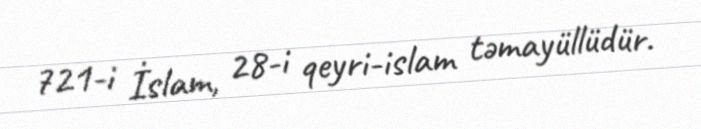
721-i İslam, 28-i qeyri-islam təmayüllüdür.